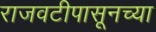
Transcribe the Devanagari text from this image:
राजवटीपासूनच्या